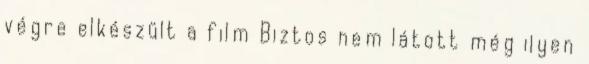
végre elkészült a film Biztos nem látott még ilyen